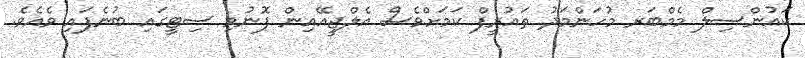
ކައުންސިލް މެމްބަރ މުހަންމަދު ތައުރީފް ކަމަށްވެސް އެލްޖީއޭއިން ފޮނުވި ސިޓީގައި ބުނެފައި ވެއެވެ.